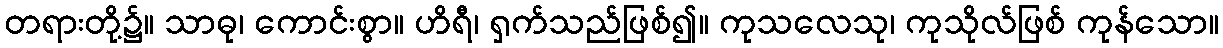
တရားတို့၌။ သာဓု၊ ကောင်းစွာ။ ဟိရီ၊ ရှက်သည်ဖြစ်၍။ ကုသလေသု၊ ကုသိုလ်ဖြစ် ကုန်သော။